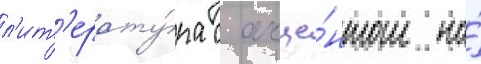
л'ит'ерату́ра с акце́нтом на́